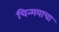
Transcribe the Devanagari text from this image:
चिन्मयाचा